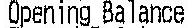
OPENING BALANCE